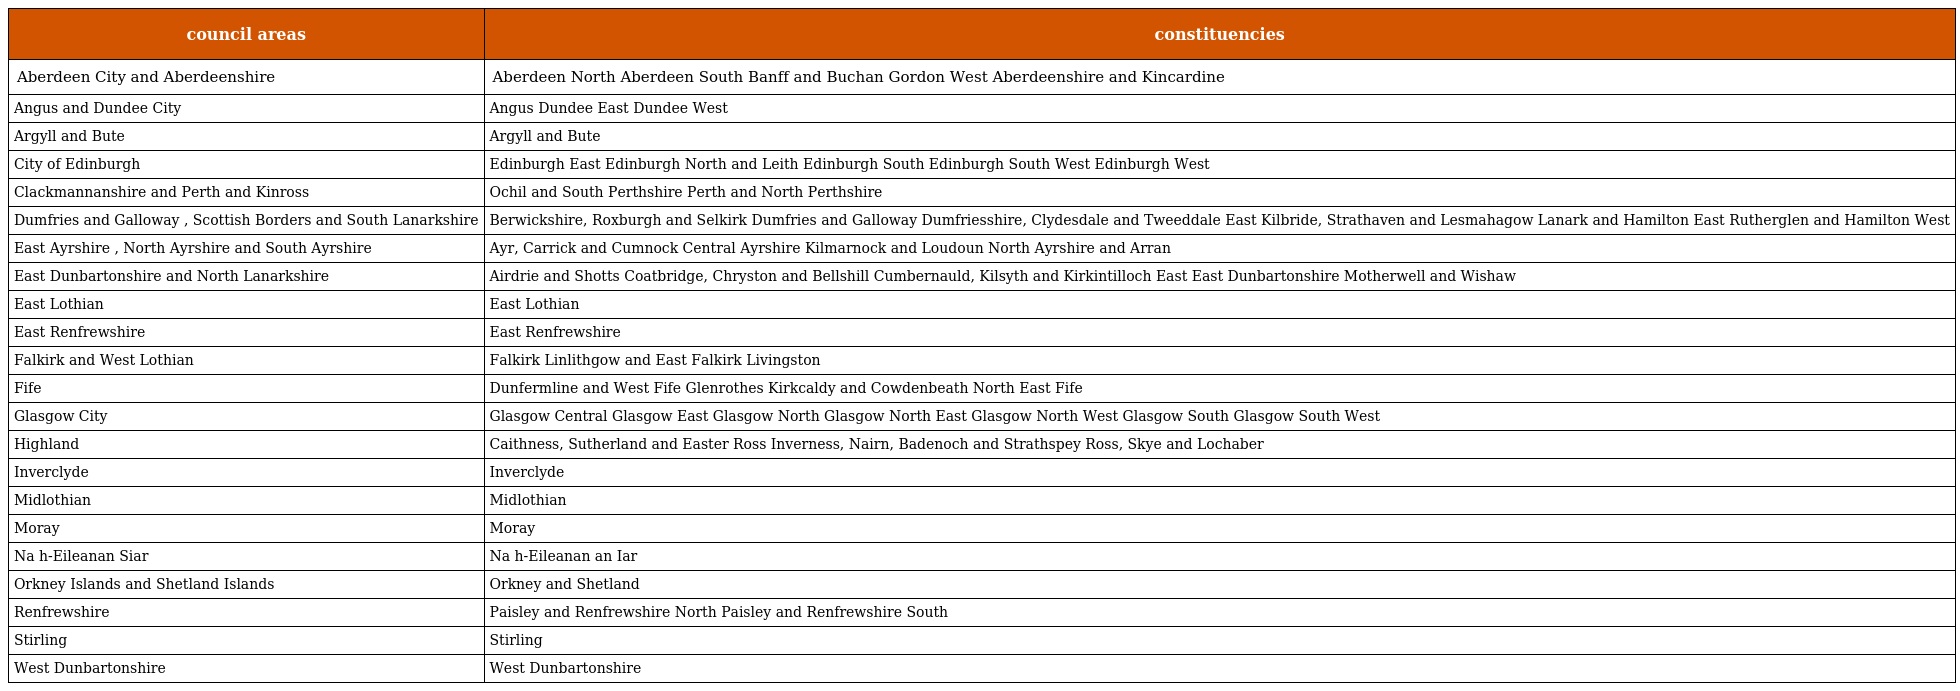
| council areas | constituencies |
 | --- | --- |
 | Aberdeen City and Aberdeenshire | Aberdeen North Aberdeen South Banff and Buchan Gordon West Aberdeenshire and Kincardine |
 | Angus and Dundee City | Angus Dundee East Dundee West |
 | Argyll and Bute | Argyll and Bute |
 | City of Edinburgh | Edinburgh East Edinburgh North and Leith Edinburgh South Edinburgh South West Edinburgh West |
 | Clackmannanshire and Perth and Kinross | Ochil and South Perthshire Perth and North Perthshire |
 | Dumfries and Galloway , Scottish Borders and South Lanarkshire | Berwickshire, Roxburgh and Selkirk Dumfries and Galloway Dumfriesshire, Clydesdale and Tweeddale East Kilbride, Strathaven and Lesmahagow Lanark and Hamilton East Rutherglen and Hamilton West |
 | East Ayrshire , North Ayrshire and South Ayrshire | Ayr, Carrick and Cumnock Central Ayrshire Kilmarnock and Loudoun North Ayrshire and Arran |
 | East Dunbartonshire and North Lanarkshire | Airdrie and Shotts Coatbridge, Chryston and Bellshill Cumbernauld, Kilsyth and Kirkintilloch East East Dunbartonshire Motherwell and Wishaw |
 | East Lothian | East Lothian |
 | East Renfrewshire | East Renfrewshire |
 | Falkirk and West Lothian | Falkirk Linlithgow and East Falkirk Livingston |
 | Fife | Dunfermline and West Fife Glenrothes Kirkcaldy and Cowdenbeath North East Fife |
 | Glasgow City | Glasgow Central Glasgow East Glasgow North Glasgow North East Glasgow North West Glasgow South Glasgow South West |
 | Highland | Caithness, Sutherland and Easter Ross Inverness, Nairn, Badenoch and Strathspey Ross, Skye and Lochaber |
 | Inverclyde | Inverclyde |
 | Midlothian | Midlothian |
 | Moray | Moray |
 | Na h-Eileanan Siar | Na h-Eileanan an Iar |
 | Orkney Islands and Shetland Islands | Orkney and Shetland |
 | Renfrewshire | Paisley and Renfrewshire North Paisley and Renfrewshire South |
 | Stirling | Stirling |
 | West Dunbartonshire | West Dunbartonshire |